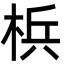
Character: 梹